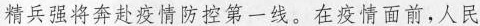
精兵强将奔赴疫情防控第一线。在疫情面前，人民